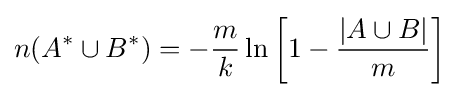
n(A^{*}\cup B^{*})=-{\frac {m}{k}}\ln \left[1-{\frac {|A\cup B|}{m}}\right]